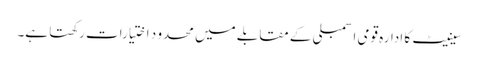
سینیٹ کا ادارہ قومی اسمبلی کے مقابلے میں محدو د اختیارات رکھتا ہے۔